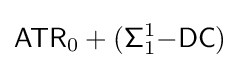
{\mathsf {ATR}}_{0}+({\mathsf {\Sigma }}_{1}^{1}{\mathsf {-DC}})